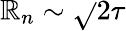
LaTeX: \mathbb{R}_{n}\sim\sqrt{}{{2\tau}}